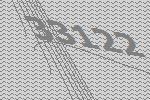
33122